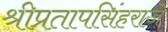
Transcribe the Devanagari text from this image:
श्रीप्रतापसिंहराजे